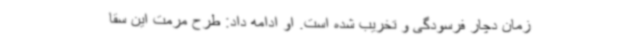
زمان دچار فرسودگی و تخریب شده است. او ادامه داد: طرح مرمت این سقا